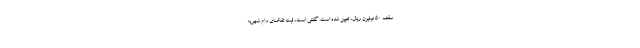
سقف ۵۰ میلیون ریال، تعیین شده است. گفتنی است، ثبت تقاضای وام شهریه